Madras plague regulations in force outside the Presidency town - Volume 5
Disease focus: Plague
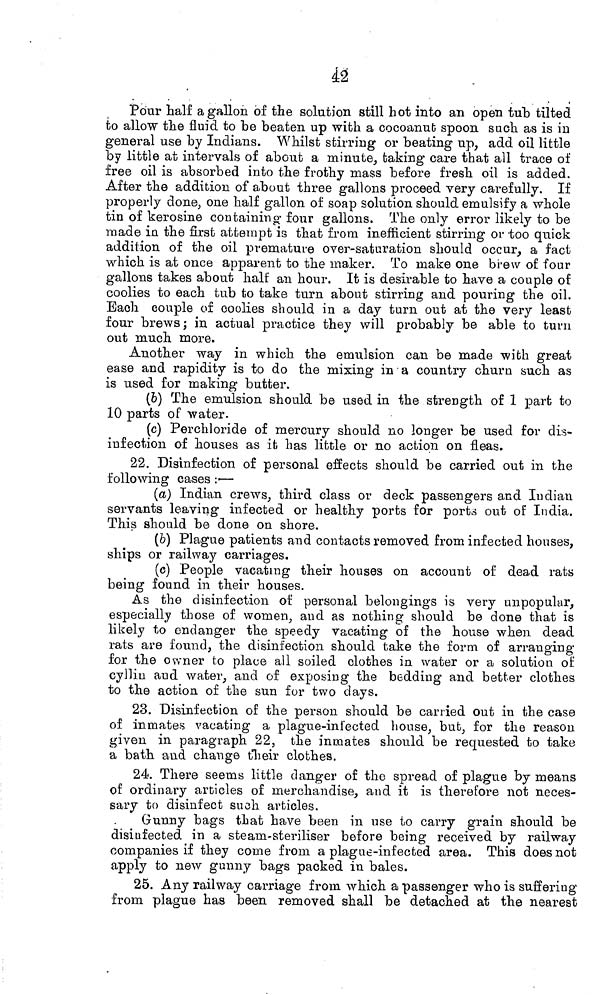
42
Pour half agallón óf the solution still hot into an open tub tilted
to allow the fluid to be beaten up with a cocoanub spoon such as is in
general use by Indians. Whilst stirring or beating up, add oil little
by little at intervals of about a minute, taking care that all trace of
free oil is absorbed into the frothy mass before fresh oil is added.
After the addition of about three gallons proceed very carefully. If
properly done, one half gallon of soap solution should emulsify a whole
tin of kerosine containing- four gallons. The only error likely to be
made iu the first attempt is that from inefficient stirring or too quick
addilion of the oil premature over-saturation should occur, a fact
which is at once apparent to the maker. To make one brew of four
gallons takes about half an hour. It is desirable to have a couple of
coolies to each tub to take turn about stirring and pouring the oil.
Bach couple of coolies should in a day turn out at the very least
four brews; in actual practice they will probably be able to turn
out much more.
Another way in which the emulsion can be made wibh great
ease and rapidity is to do the mixing in a country churn such as
is used for making butter.
(&) The emulsion, should be used in the strength of 1 part to
10 parts of water.
(c) Perchloride of mercury should no longer be used for dis-
infection of houses as it has little or no action on fleas.
22. Disinfection of personal effects should be carried out in the
following cases :•—
(a) Indian crews, third class or deck passengers and Indian
servants leaving infected or healthy ports for porta out of India.
This should be done on shore.
(6) Plague patients and contacts removed from infected houses,
ships or railway carriages.
(c) People vacating their houses on account of dead rats
being found in their houses.
As the disinfection of personal belongings is very unpopular,
especially those of women., and as nothing should be done that is
likely to endanger the speedy vacating of the house when dead
rats are found, the disinfection should take the form of arranging
for the owner to place all soiled clothes in water or a solution of
cyllin and water, and of exposing the bedding and better clothes
to the action of the sun for two days.
23. Disinfection of the person should be carried out in the case
of inmates vacating a plague-infected house, but, for the reason
given in paragraph 22, the inmates should be requested to take
a bath and change tlieir clothes.
24. There seems little danger of the spread of plague by means
of ordinary articles of merchandise, and it is therefore not neces-
sary to disinfect such articles.
Gunny bags that have been in use to carry grain should be
disinfected in a steam-steriliser before being received by railway
companies if they come from a plague-infected area. This does not
apply to new gunny bags packed in bales.
25. Any railway carriage from which a passenger who is suffering
from plague has been removed shall be detached at the nearest